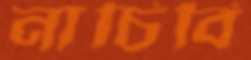
নাচিবি